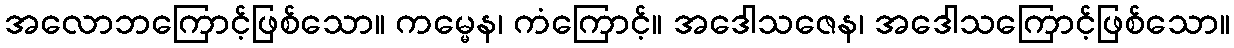
အလောဘကြောင့်ဖြစ်သော။ ကမ္မေန၊ ကံကြောင့်။ အဒေါသဇေန၊ အဒေါသကြောင့်ဖြစ်သော။